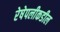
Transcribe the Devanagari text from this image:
रेषेपलीकडील